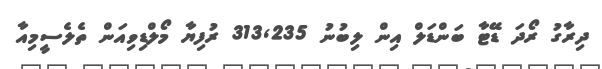
ދިރާގު ރޯދަ ޑޭޓާ ބަންޑަލް އިން ލިބުނު 313